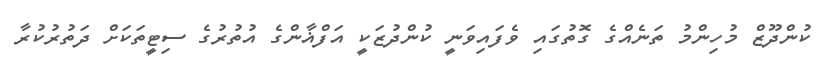
ކުންދޫޒް މުހިންމު ތަނެއްގެ ގޮތުގައި ވެފައިވަނީ ކުންދުޒަކީ އަފްޣާންގެ އުތުރުގެ ސިޓީތަކަށް ދަތުރުކުރާ